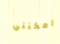
امكنني